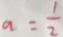
a = \frac { 1 } { 2 }